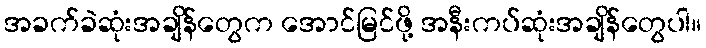
အခက်ခဲဆုံးအချိန်တွေက အောင်မြင်ဖို့ အနီးကပ်ဆုံးအချိန်တွေပါ။